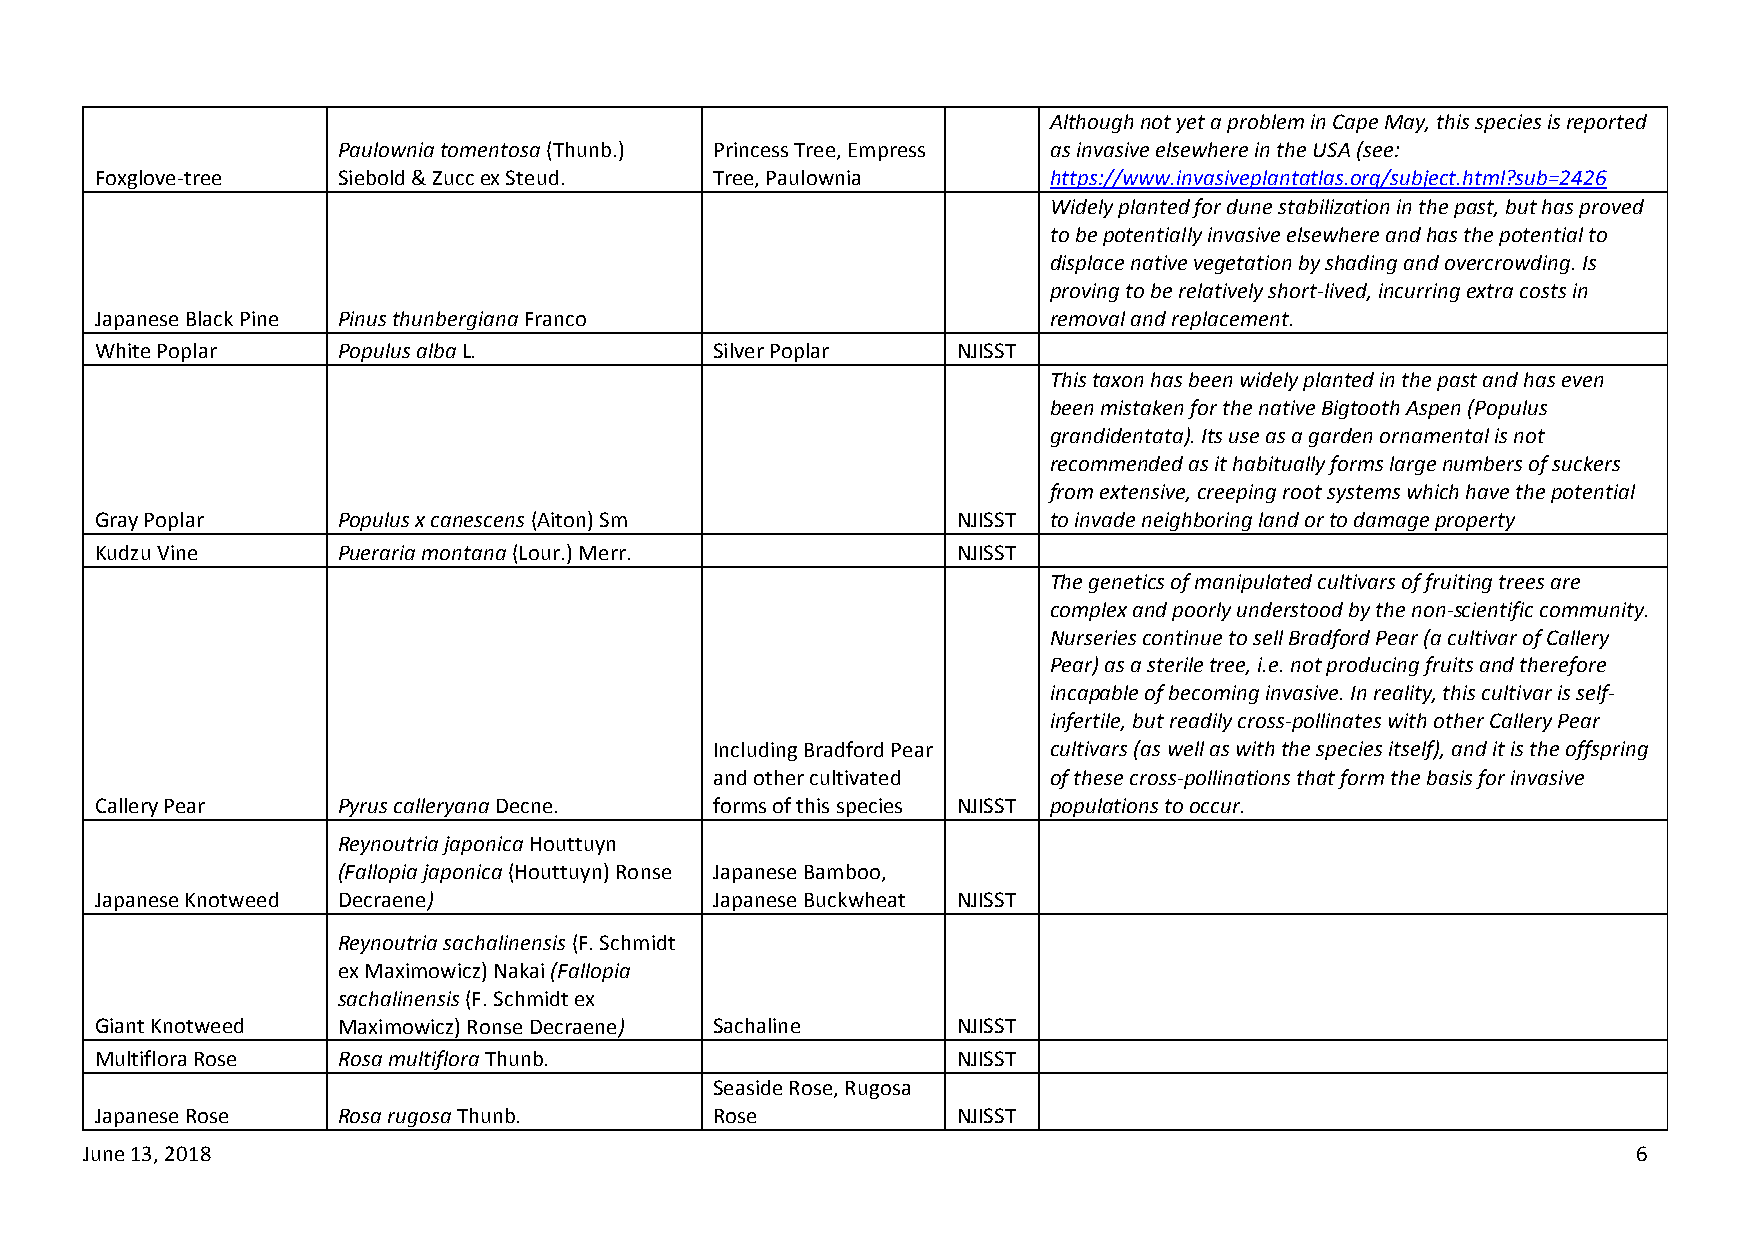
Although not yet a problem in Cape May, this species is reported
 Paulownia tomentosa (Thunb.) Princess Tree, Empress as invasive elsewhere in the USA (see:
 Foxglove-tree   Siebold & Zucc ex Steud. Tree, Paulownia        https://www.invasiveplantatlas.org/subject.html?sub=2426
 Widely planted for dune stabilization in the past, but has proved
 to be potentially invasive elsewhere and has the potential to
 displace native vegetation by shading and overcrowding. Is
 proving to be relatively short-lived, incurring extra costs in
 Japanese Black Pine Pinus thunbergiana Franco                   removal and replacement.
 White Poplar    Populus alba L.          Silver Poplar   NJISST
 This taxon has been widely planted in the past and has even
 been mistaken for the native Bigtooth Aspen (Populus
 grandidentata). Its use as a garden ornamental is not
 recommended as it habitually forms large numbers of suckers
 from extensive, creeping root systems which have the potential
 Gray Poplar     Populus x canescens (Aiton) Sm           NJISST to invade neighboring land or to damage property
 Kudzu Vine      Pueraria montana (Lour.) Merr.           NJISST
 The genetics of manipulated cultivars of fruiting trees are
 complex and poorly understood by the non-scientific community.
 Nurseries continue to sell Bradford Pear (a cultivar of Callery
 Pear) as a sterile tree, i.e. not producing fruits and therefore
 incapable of becoming invasive. In reality, this cultivar is self-
 infertile, but readily cross-pollinates with other Callery Pear
 Including Bradford Pear cultivars (as well as with the species itself), and it is the offspring
 and other cultivated   of these cross-pollinations that form the basis for invasive
 Callery Pear    Pyrus calleryana Decne.  forms of this species NJISST populations to occur.
 Reynoutria japonica Houttuyn
 (Fallopia japonica (Houttuyn) Ronse Japanese Bamboo,
 Japanese Knotweed Decraene)              Japanese Buckwheat NJISST
 Reynoutria sachalinensis (F. Schmidt
 ex Maximowicz) Nakai (Fallopia
 sachalinensis (F. Schmidt ex
 Giant Knotweed  Maximowicz) Ronse Decraene) Sachaline    NJISST
 Multiflora Rose Rosa multiflora Thunb.                   NJISST
 Seaside Rose, Rugosa
 Japanese Rose   Rosa rugosa Thunb.       Rose            NJISST
 June 13, 2018                                                                                          6